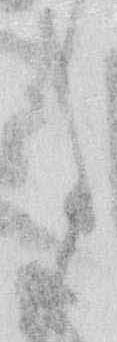
に